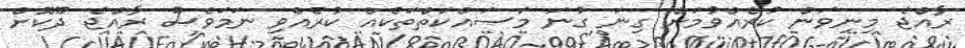
ރާއްޖެ މިނިވަން ކުރެއްވުމަށް ގިނަ ގުނަ މަސައްކަތްތަކެއް ކުރެއްވި ނަމަވެސް ރާއްޖެ ދޫކޮށް